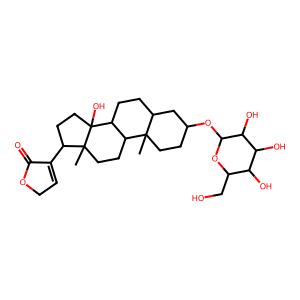
SMILES: CC12CCC(OC3OC(CO)C(O)C(O)C3O)CC1CCC1C2CCC2(C)C(C3=CCOC3=O)CCC12O
Inhibits HIV replication: No